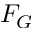
F _ { G }